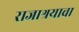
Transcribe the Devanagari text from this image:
राजाश्रयाचा